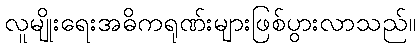
လူမျိုးရေးအဓိကရုဏ်းများဖြစ်ပွားလာသည်။